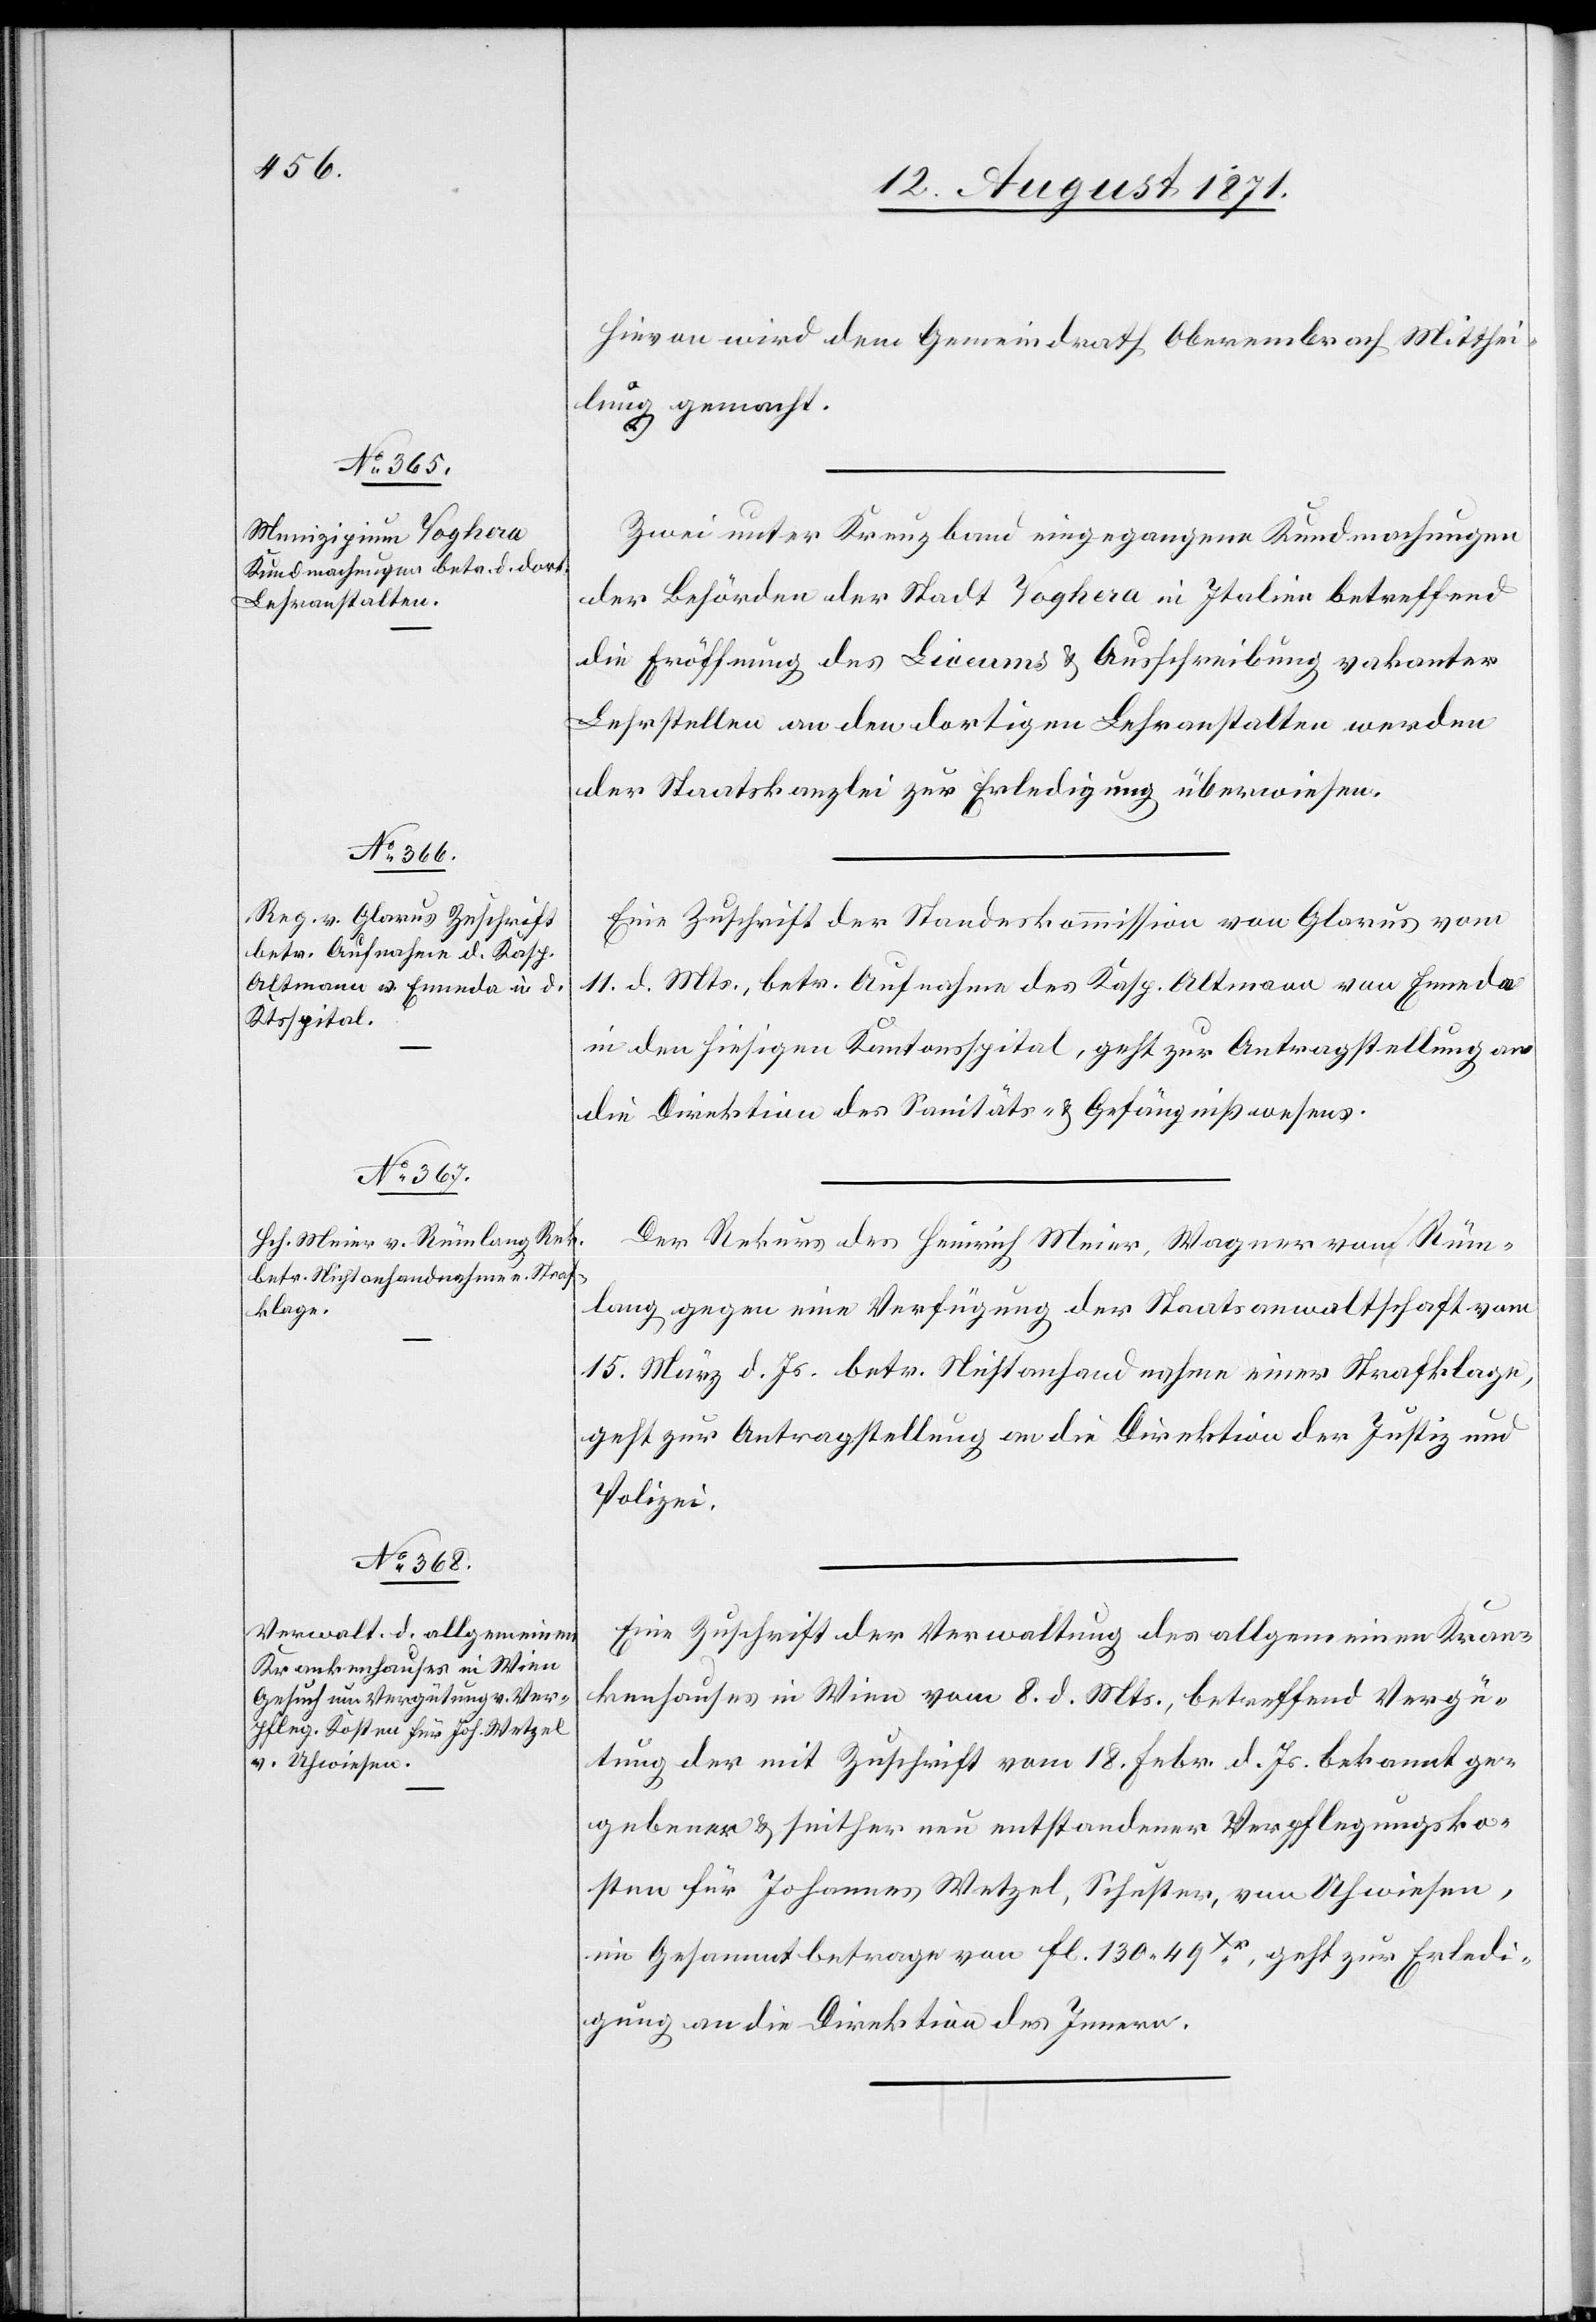
15. August 1871.]
Hievon wird dem Gemeindrath Oberembrach Mitthei¬
lung gemacht.
Zwei unter Kreuzband eingegangene Kundmachungen
der Behörden der Stadt Voghera in Italien betreffend
die Eröffnung des Liceums & Ausschreibung vakanter
Lehrstellen an den dortigen Lehranstalten werden
der Staatskanzlei zur Erledigung überwiesen.
Eine Zuschrift der Standeskommission von Glarus vom
11. d. Mts., betr. Aufnahme des Kasp. Altmann von Enneda
in den hiesigen Kantonsspital, geht zur Antragstellung an
die Direktion des Sanitäts- & Gefängnißwesens.
Der Rekurs des Heinrich Meier, Wagner von Rüm¬
lang gegen eine Verfügung der Staatsanwaltschaft vom
15. März d. Js. betr. Nichtanhandnahme einer Strafklage,
geht zur Antragstellung an die Direktion der Justiz und
Polizei.
Eine Zuschrift der Verwaltung des allgemeinen Kran¬
kenhauses in Wien vom 8. d. Mts., betreffend Vergü¬
tung der mit Zuschrift vom 18. Febr. d. Js. bekannt ge¬
gebenen & seither nun entstandenen Verpflegungsko¬
sten für Johannes Wetzel, Schuster, von Uhwiesen,
in Gesammtbetrage von Fl. 130 u 49Xr. geht zur Erledi¬
gung an die Direktion des Innern.